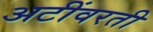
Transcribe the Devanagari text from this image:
अटींवरती